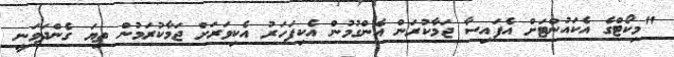
"މިކޯޓްގެ އެކައުންޓަށް އެފައިސާ ޖަމާކުރަން އެންގުމުން އެކިފަހަރު އެކިވަރަށް ޖަމާކުރަމުން ތިޔަ ގެންދަވަނީ